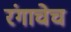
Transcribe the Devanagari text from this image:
रंगाचेच